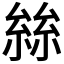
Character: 𡮟